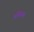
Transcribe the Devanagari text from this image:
प्रक्रियस